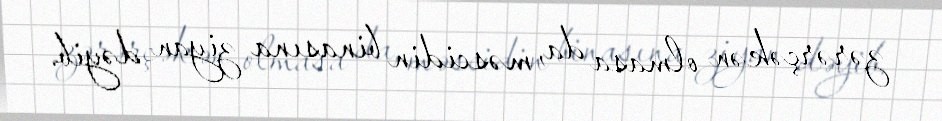
zərərçəkən olmasa da, məscidin binasına ziyan dəyib.